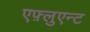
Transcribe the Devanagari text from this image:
एफ़्लुएन्ट